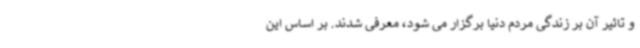
و تاثیر آن بر زندگی مردم دنیا برگزار می شود، معرفی شدند. بر اساس این